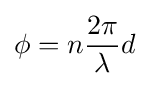
\phi =n{\frac {2\pi }{\lambda }}d